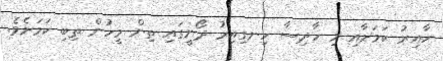
ހާއިރު ކަމަށާއި މި ހާދިސާ ހިނގިއިރު ދޯނީގައި ތިން މީހުން ތިބި ކަމަށެވެ.